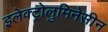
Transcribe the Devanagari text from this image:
इलेक्ट्रोलुमिनेसीन